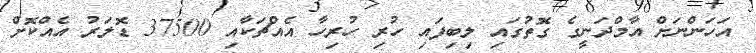
އަހަންނަށް އާމްދަނީގެ ގޮތުގައި ލިބިފައި ހުރި ހުރިހާ އެއްޗަކާއި 37500 ޑޮލަރު އެއްކޮށް